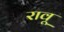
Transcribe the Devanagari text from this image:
रावू